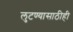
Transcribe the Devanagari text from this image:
लुटण्यासाठीही